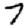
Digit: 7